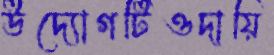
উদ্যোগটিওদায়ি